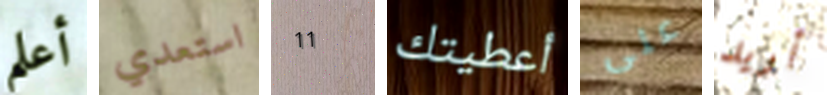
أعلم استعدي 11 أعطيتك على أريد